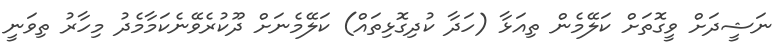
ނަޝީދަށް ވީގޮތަށް ކަލޭމެން ތިއަޅާ (ހަދާ ކުދިގޮޅިތައް) ކަލޭމެނަށް ދޫކުރެވޭނެކަމާމެދު މިހާރު ތިވަނީ